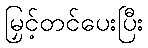
မြှင့်တင်ပေးပြီး